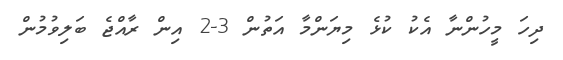
ދިހަ މީހުންނާ އެކު ކުޅެ މިޔަންމާ އަތުން 3-2 އިން ރާއްޖެ ބަލިވުމުން